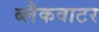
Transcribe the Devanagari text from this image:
ब्लैकवाटर